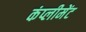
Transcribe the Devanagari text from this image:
कंप्लीमेंट